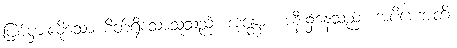
ပြစ်မှားလိုသော စိတ်ရှိသောသူသည်။ အန္တော၊ အနီး၌နေသည်။ အပိဟောတိ၊